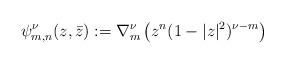
LaTeX: \begin{align*} \psi_{m,n}^{\nu}(z,\bar z):= \nabla^{\nu}_{m} \left(z^n(1 - |z|^2)^{\nu-m} \right)\end{align*}